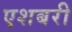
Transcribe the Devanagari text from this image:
एशबरी